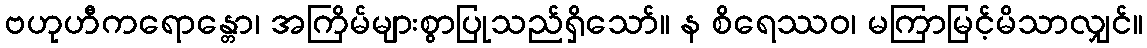
ဗဟုဟီကရောန္တော၊ အကြိမ်များစွာပြုသည်ရှိသော်။ န စိရေဿဝ၊ မကြာမြင့်မိသာလျှင်။